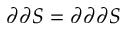
\partial \partial S = \partial \partial \partial S